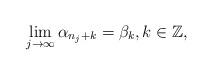
LaTeX: \begin{align*} \lim_{j\to \infty} \alpha_{n_j+k}= \beta_k, k \in \mathbb Z, \end{align*}